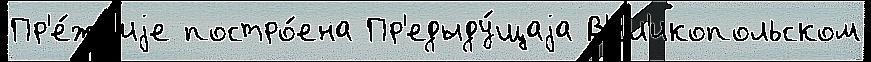
Пр'е́жн'иjе постро́ена Пр'едыду́щаjа В'ел'икопольском